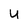
Character: U